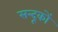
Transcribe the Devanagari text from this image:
सन्दूकों